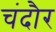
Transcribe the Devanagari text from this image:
चंदौर